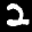
Label: 2